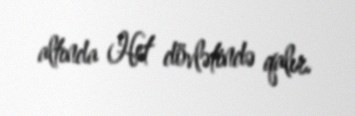
altında Het dövlətində qalır.